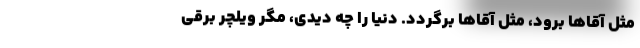
مثل آقاها برود، مثل آقاها برگردد. دنیا را چه دیدی، مگر ویلچر برقی